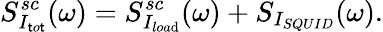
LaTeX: S_{I_{\mathsf{t}o\mathsf{t}}}^{sc}(\omega)=S_{I_{loa\mathrm{d}}}^{sc}(\omega)+S_{I_{SQUID}}(\omega).